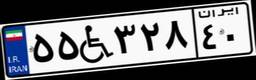
۵۵W۳۲۸۴۰